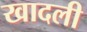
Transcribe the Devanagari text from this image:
खादली